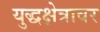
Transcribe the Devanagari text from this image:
युद्धक्षेत्रावर